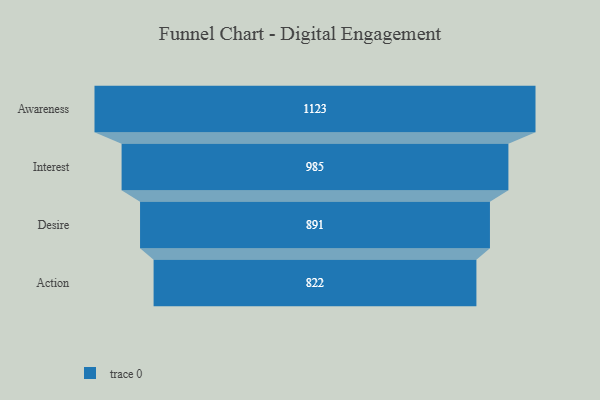
{"axis": {"x": "Stage", "y": "Value"}, "legend": [""], "data": [{"x": "Awareness", "y": 1123.0, "type": ""}, {"x": "Interest", "y": 985.0, "type": ""}, {"x": "Desire", "y": 891.0, "type": ""}, {"x": "Action", "y": 822.0, "type": ""}]}